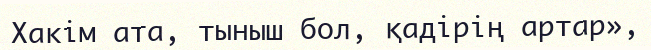
Хакім ата, тыныш бол, қадірің артар»,